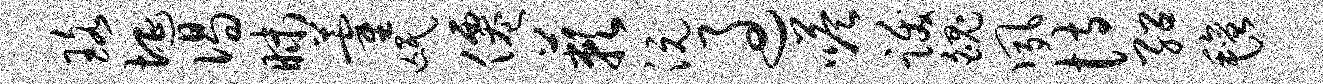
珞埏偈昧藿氓仙蔌沅过嗒跋魄夙恃绍毡